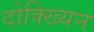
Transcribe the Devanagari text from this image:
दोक्ख्यिन